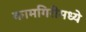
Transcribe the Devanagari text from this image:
कामगिरीमध्ये